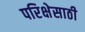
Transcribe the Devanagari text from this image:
परिक्षेसाठी